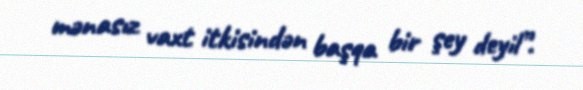
mənasız vaxt itkisindən başqa bir şey deyil”.